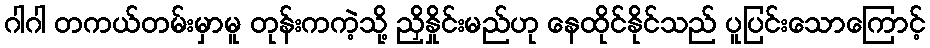
ဂါဂါ တကယ်တမ်းမှာမူ တုန်းကကဲ့သို့ ညှိနှိုင်းမည်ဟု နေထိုင်နိုင်သည် ပူပြင်းသောကြောင့်